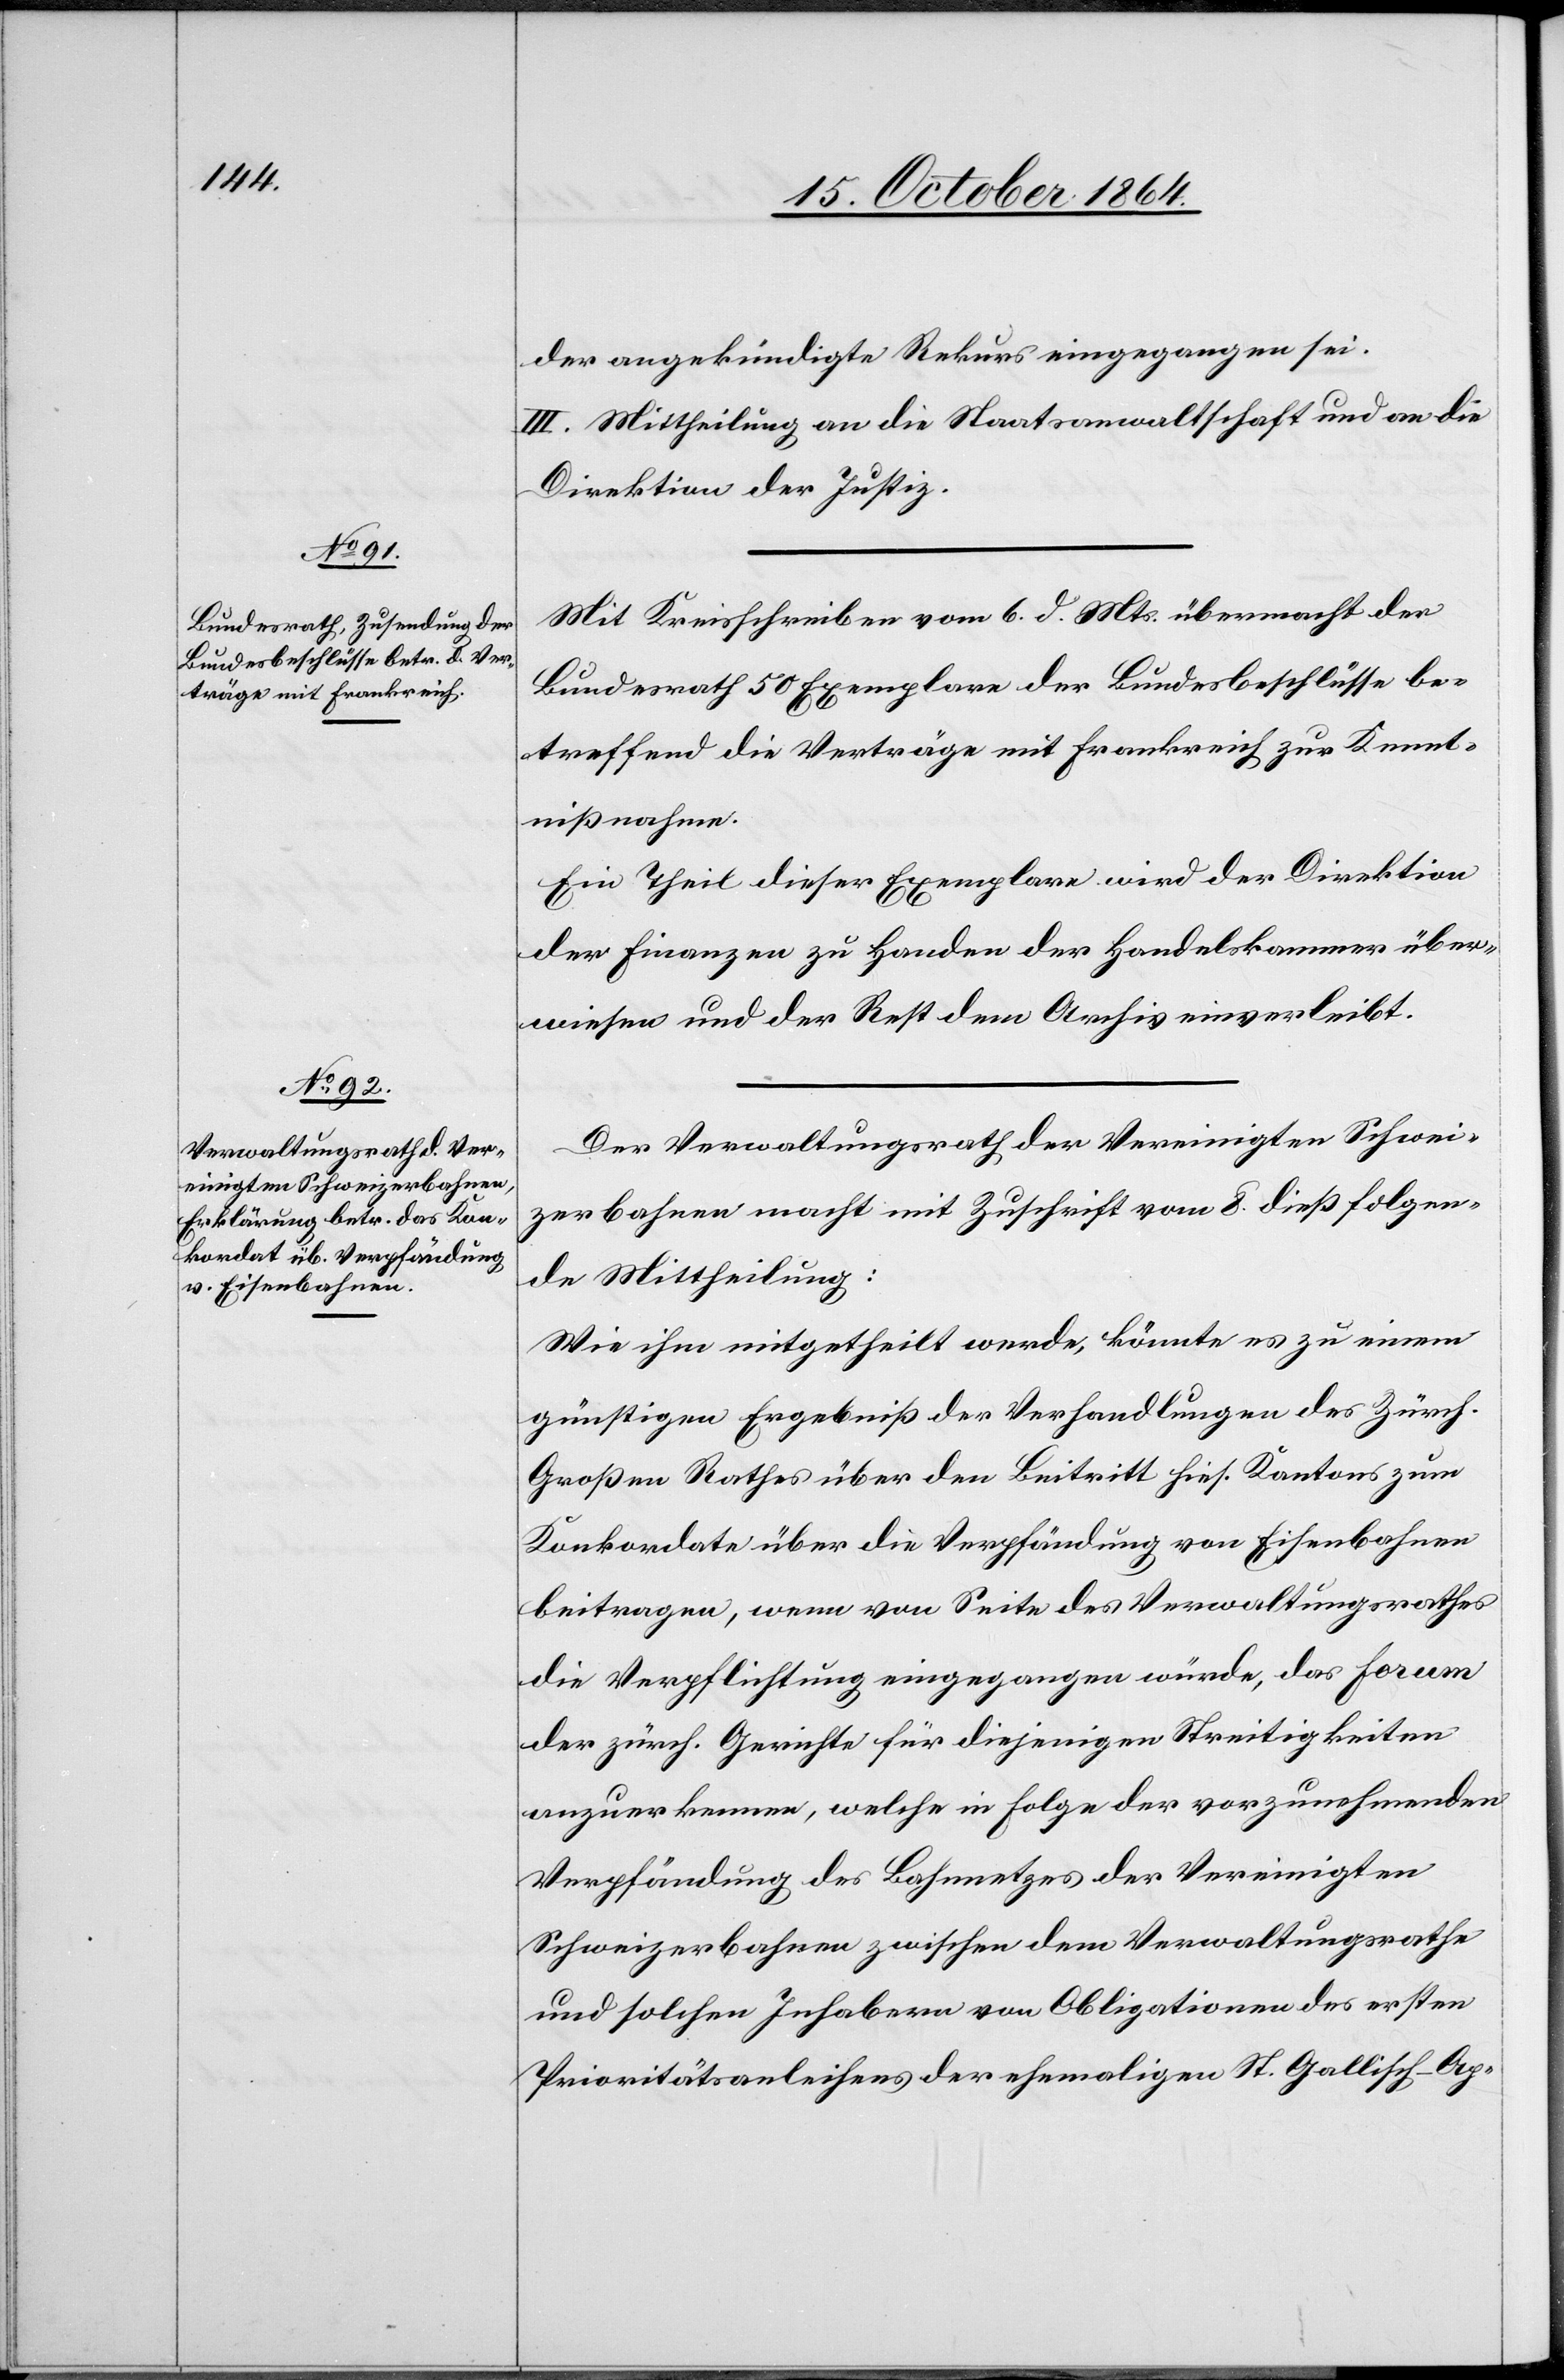
der angekündigte Rekurs eingegangen sei.
III. Mittheilung an die Staatsanwaltschaft und an die
Direktion der Justiz.
Mit Kreisschreiben vom 6. d. Mts. übermacht der
Bundesrath 50 Exemplare der Bundesbeschlüsse be¬
treffend die Verträge mit Frankreich zur Kennt¬
nißnahme.
Ein Theil dieser Exemplare wird der Direktion
der Finanzen zu Handen der Handelskammer über¬
wiesen und der Rest dem Archiv einverleibt.
Der Verwaltungsrath der Vereinigten Schwei¬
zerbahnen macht mit Zuschrift vom 8. dieß folgen¬
de Mittheilung:
Wie ihm mitgetheilt wurde, könnte es zu einem
günstigen Ergebniß der Verhandlungen des Zürch.
Großen Rathes über den Beitritt hies. Kantons zum
Konkordate über die Verpfändung von Eisenbahnen
beitragen, wenn von Seite des Verwaltungsrathes
die Verpflichtung eingegangen würde, das Forum
der zürch. Gerichte für diejenigen Streitigkeiten
anzuerkennen, welche in Folge der vorzunehmenden
Verpfändung des Bahnnetzes der Vereinigten
Schweizerbahnen zwischen dem Verwaltungsrathe
und solchen Inhabern von Obligationen des ersten
Prioritätsanleihens der ehemaligen St. Gallisch-Ap-